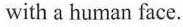
with a human face.